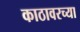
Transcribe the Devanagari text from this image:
काठावरच्या